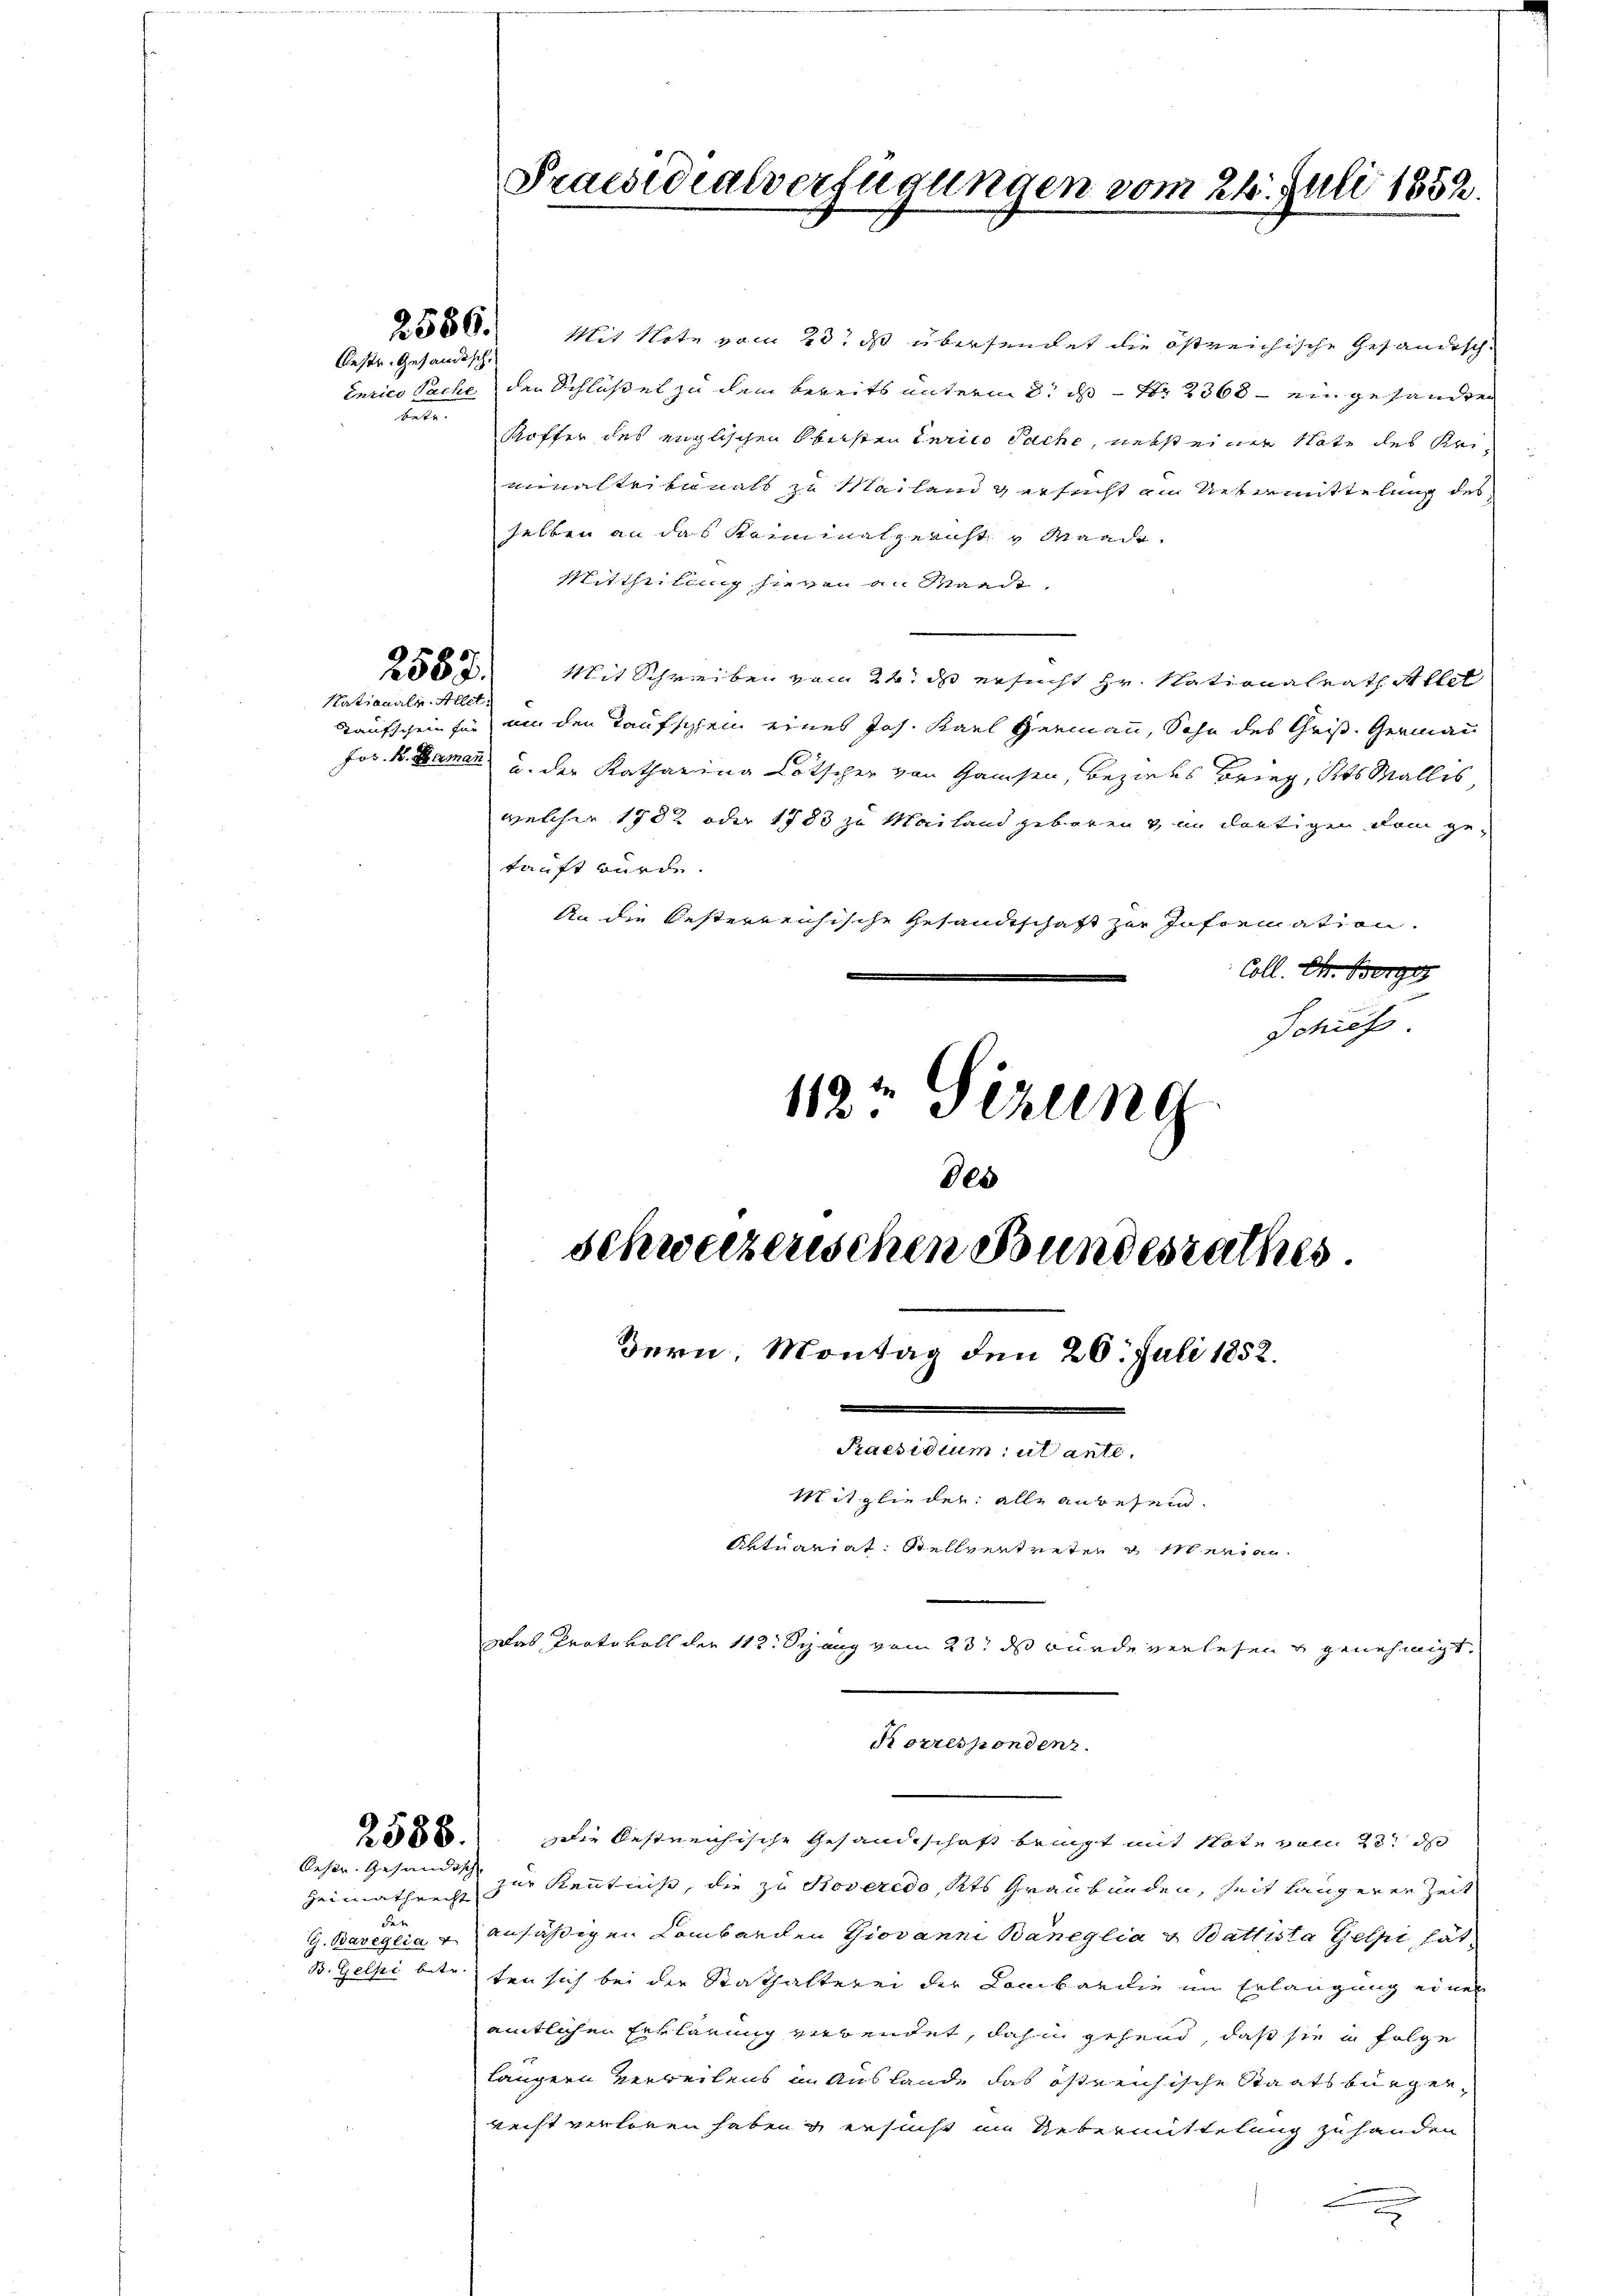
Oestr. Gesandtsch
beten

2582.

2586.

Oeser Gesandisch
zeimathrecht
den

250. Mit Note vom 23. ds übersendet die östreichische Gefändisch-
Inzico Pache der Schlüßel zu dem bereits unterm 8. ds N. 2368 ein gesandten
Koffer des englischen Obersten Gerico Sache, nebst einer Note des Uriminalteibunals zu Mailand versucht am Uebermittelung des
selben an das Kriminalgericht v Mande
Mittheilung hievon an Wande,
Mit Schreiben vom 24. ds ersucht hr. Nationalrath Allel
Nationale Allet:
Taufschein für um den Taufschein eines Jos. Karl Germann, Sohn des Gris. Germann
Jos. B. Damen u. der Katharina Lötscher von Hausen, Bezirks Brieg, Kts Wallis,
welcher 1702 oder 1783 zu Mailand geboren von deutigen dem gekauft wurde.
An die besterreichische Gesandtschaft zur Information.
Coll. E. Berg
Jauch
119 Sizung

Korresponden.

Praesidialverfügungen vom 24. Juli 1852.

des
schweizerischen Bundesrathes
Bern, Montag den 26. Juli 1852.
.
Praesidium utante.
Mitglieder alle anwesen.
Aktuariat: Stellvertreten & Meeren.
Das Protokoll der 118. Spang vom 23. ds wurde verlesen u genehmigt.

Die bestreichische Gesandtschaft bringt mit Note vom 28t d
zur Kenntniß, die zu Roveredo, Kts Graubünden, seit längerer Zeit
G. Baveglia, ansäßigen Lombarden Giovanni Bäneglia v. Battista Gelpi hät
B. Gelpi betr. ten sich bei der Stathalterei der Lombardie im Erlangung einer
amtlichen Erklärung verbendet, dahin gehend, daß sie in Folge
längern verweilens in Auslande das östreichische Staatsburger
recht verloren haben & ersucht im Uebermittelung zu handen
x